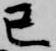
己